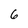
Character: 6